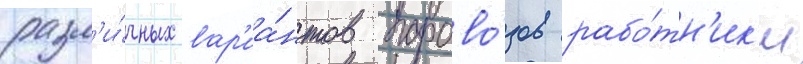
разл'и́чных вар'иа́нтов парово́зов рабо́тн'ик'и